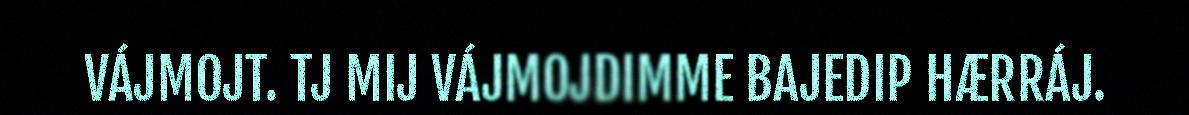
VÁJMOJT. TJ MIJ VÁJMOJDIMME BAJEDIP HÆRRÁJ.